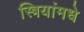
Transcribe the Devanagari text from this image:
स्त्रियांमधे